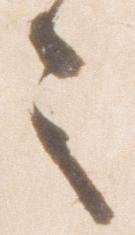
之